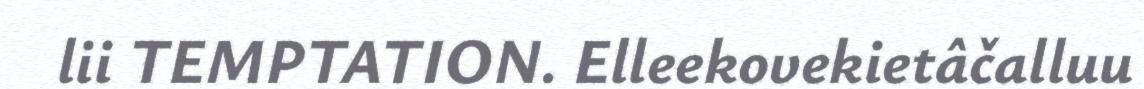
lii TEMPTATION. Elleekovekietâčalluu